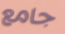
جامع